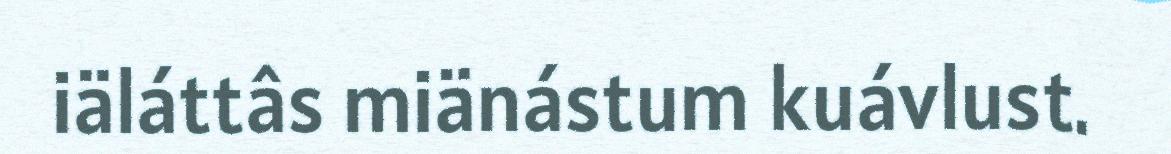
iäláttâs miänástum kuávlust.